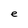
Character: e